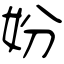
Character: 妢